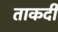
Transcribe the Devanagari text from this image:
ताकदी